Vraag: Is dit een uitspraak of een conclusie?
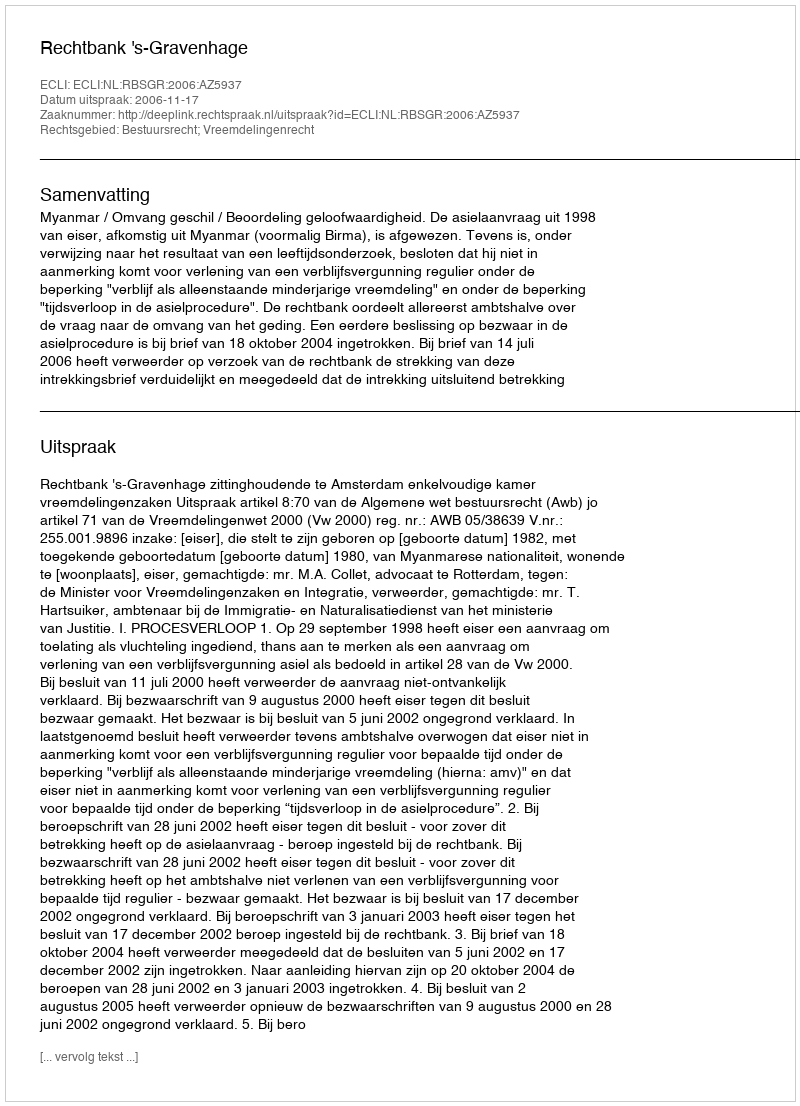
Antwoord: Uitspraak